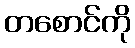
တစောင်ကို